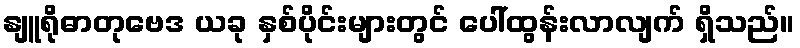
နျူရိုဓာတုဗေဒ ယခု နှစ်ပိုင်းများတွင် ပေါ်ထွန်းလာလျက် ရှိသည်။